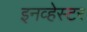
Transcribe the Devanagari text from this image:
इनव्हेस्टर